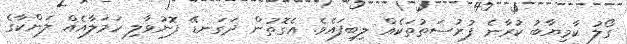
ގޯލު ކާމިޔާބު ކުރާނެ ފުރުސަތުތަކެއް ލިބިފައެވެ. އެގޮތުން ދަގަނޑޭ ފޮނުވާލި ހަމަލާއެއް ލަންކާގެ